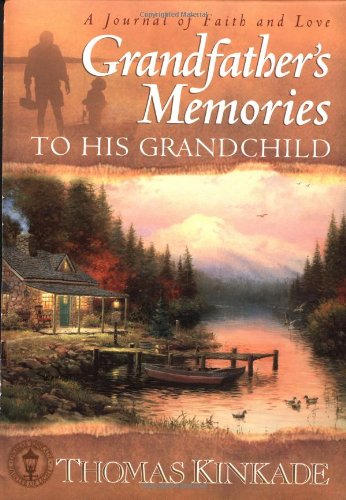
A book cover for Grandfather's Memories To His Grandchild; Parenting & Relationships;